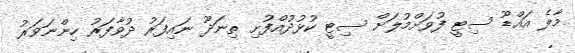
މާލެ އައްޑޫ ސިޓީ ފުވަށްމުލަށް ސިޓީ ކުޅުދުއްފުށި ތިނަދޫ ނައިފަރު ދުވާފަރު ހިންނަވަރު